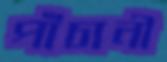
পাঁচানী